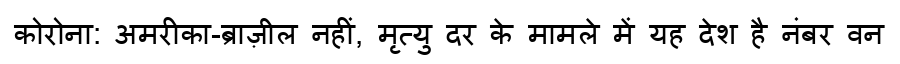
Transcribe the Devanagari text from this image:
कोरोना: अमरीका-ब्राज़ील नहीं, मृत्यु दर के मामले में यह देश है नंबर वन